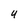
Character: U